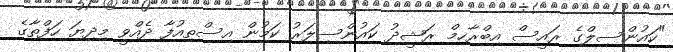
"ކައުންސިލްގެ ރައީސް އިބްރާހިމް ރަޝީދު ކައުންސިލަރު ކަމުން އިސްތިއުފާ ދެއްވީ މިދިޔަ ހަފްތާގެ